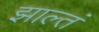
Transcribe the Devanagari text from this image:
झाल्तं